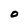
Character: 0